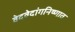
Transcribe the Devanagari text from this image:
वेदवेदांगनिष्णात